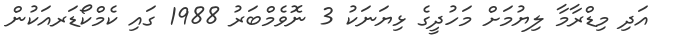
އަދި މިޑްރާމާ ލިޔުމަށް މަހުދީގެ ޅިޔަނަކު 3 ނޮވެމްބަރު 1988 ގައި ކެމްކޯޑަރއަކުން